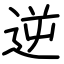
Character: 逆